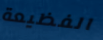
الفظيعة